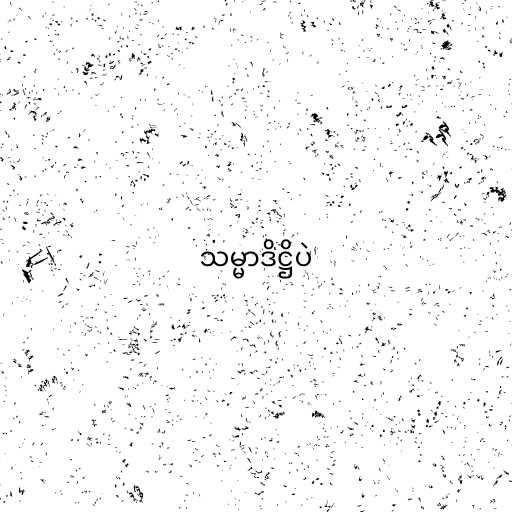
သမ္မာဒိဋ္ဌိပဲ